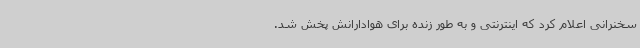
سخنرانی اعلام کرد که اینترنتی و به طور زنده برای هوادارانش پخش شد.